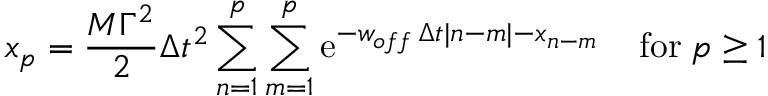
x _ { p } = { \frac { M \Gamma ^ { 2 } } { 2 } } \Delta t ^ { 2 } \sum _ { n = 1 } ^ { p } \sum _ { m = 1 } ^ { p } \mathrm { e } ^ { - w _ { o f f } \, \Delta t | n - m | - x _ { n - m } } \; \; \; \; \mathrm { f o r } \; p \ge 1